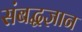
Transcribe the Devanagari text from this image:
संबद्धज्ञान